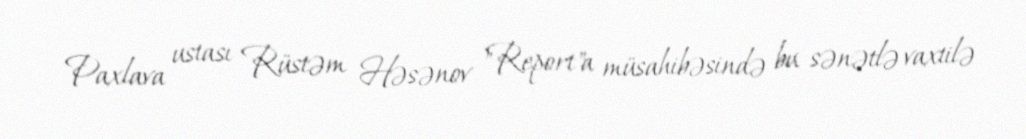
Paxlava ustası Rüstəm Həsənov "Report"a müsahibəsində bu sənətlə vaxtilə